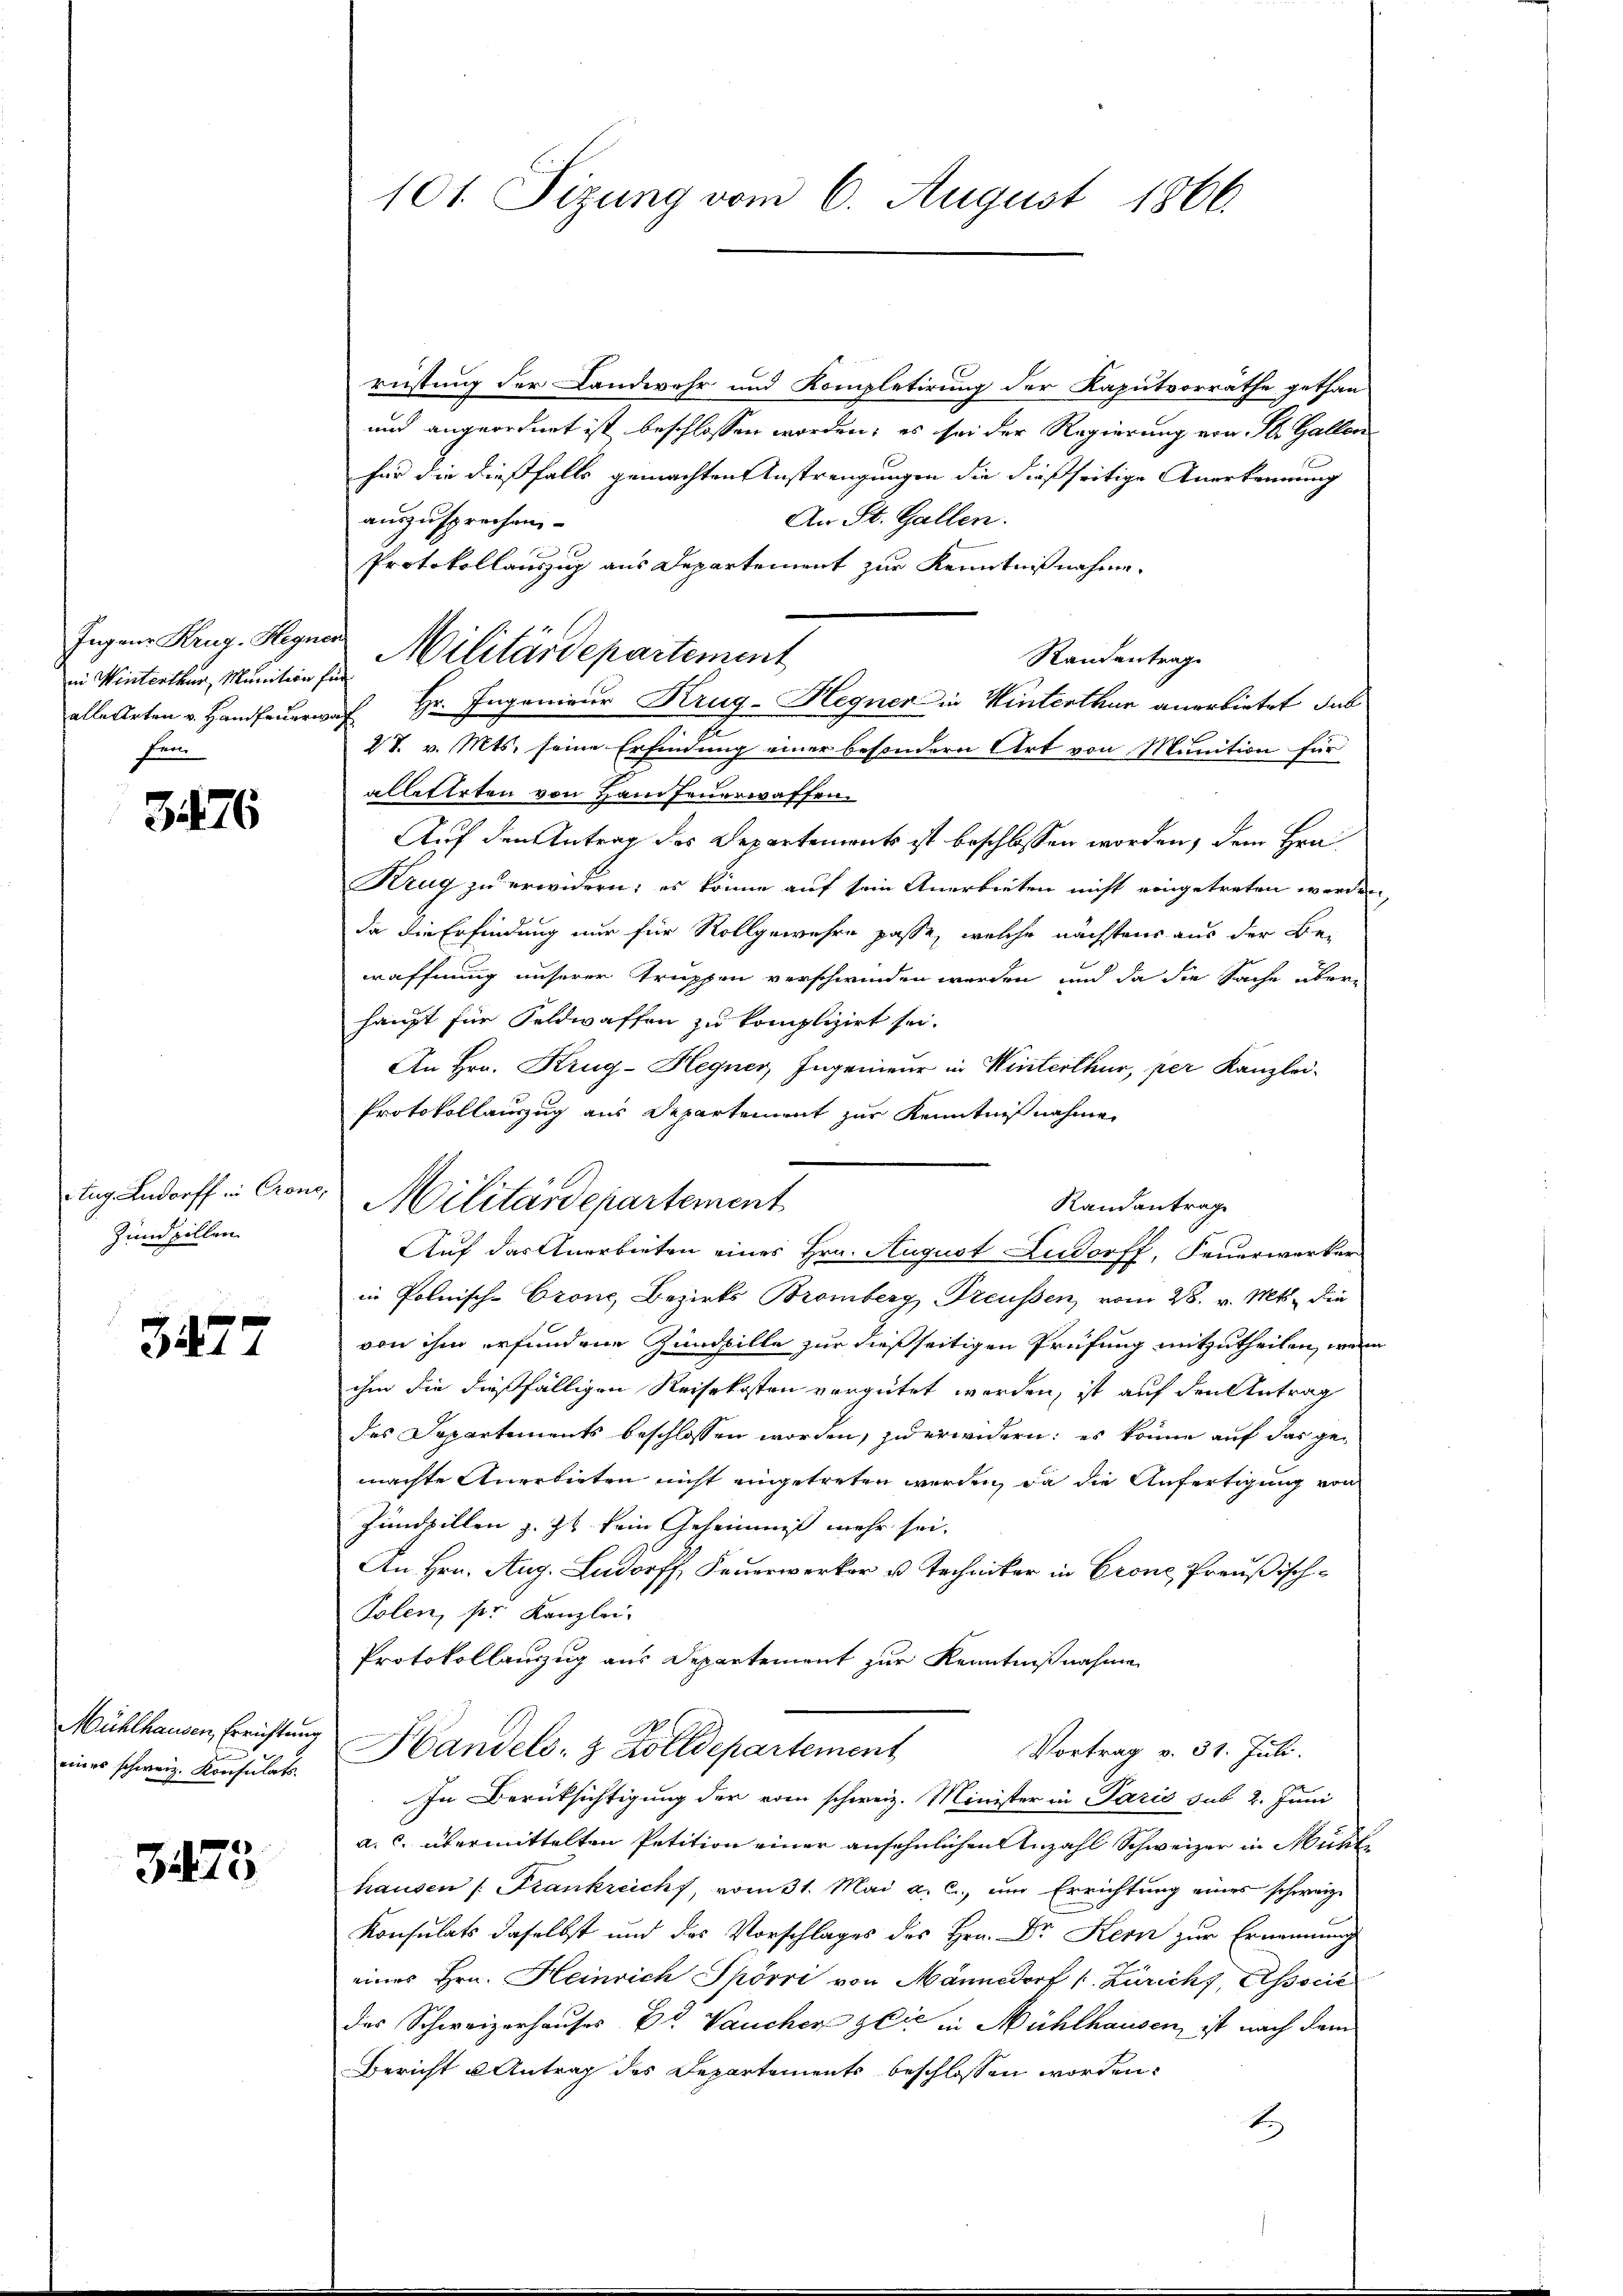
in Winterthur, Munition für
Fron

3176

Zundpillen

3277

eines schweiz. Konsulats.

3475

101. Sizung vom 6. August 1866.

rüstung der Landwehr und Kompletirung der Kaputvorräthe gethan
und angeordnet ist beschlossen worden; es sei der Regierung von St. Gallor
für die dießfalls gemachten Anstrengungen die dießseitige Anerkennung
An St. Gallen.
auszusprochen
e
Protokollauszug aus Departement zur Kenntnißnahme.
Ingene Krug. Hegner Militärdepartement
Randantrag
alle Arten v. Handfeuerruf Hr. Ingenieur Krug-Hegner in Winterthur anerbietet, das
27. v. Mts. seine Erfindung einer besondern Art von Munition für
alletteten von Hanfeuerwaffen.
Auf den Antrag des Departements ist beschlossen worden, dem Hrn
Krug zu erwidern; es könne auf sein Anerbieten nicht eingetreten werden,
da die Erfindung nur für Rollgewehre passe, welche nächstens aus der Bewaffnung unserer Truppen verschwinden werden, und da die Sache überhaupt für Feldwaffen zu komplizirt sei.
An Hrn. Krug-Hegner, Ingenieur in Winterthur, per Kanzlei-
Protokollauszug aus Departement zur Kenntnißnahme
Auf das Anerbieten eines Hrn. August Ludorff, Feuerwerker
in Polnisch-Crone, Bezirks Bromberg Preussen, vom 28. v. Mts. die
von ihm erfundene Zumpille zur dießseitigen Prüfung mitzutheilen, wenn
ihm die dießfälligen Reisekosten vergütet worden, ist auf den Antrag
des Departements beschlossen worden, zu erwidern; es könne auf das gemachte Anerbieten nicht eingetreten werden, da die Anfertigung von
Zundzillen z. Zt kein Geheimniß mehr sei.
An Hrn. Aug. Ladorff, Feuerwerker u Techniker in Crone, Preußisch¬
Polen, der Kanzlei,
Protokollanzug aus Departement zur Kenntnißnahme
Mühlhausen, Errichtung Handels- & Zolldepartement
Vortrag v. 31. Juli.
In Berücksichtigung der vom schweiz. Minister in Paris sub 2. Juni
a. c. übermittelten Petition einer ansehnlichen Anzahl Schweizer in Münc
hausen /: Frankreich, vom 31. Mai a. c. um Errichtung eines schweiz.
Konsulats daselbst und das Vorschlages des Hrn. Dr Kern zur Ernennung
eines Hrn. Heinrich Spörri von Männedorf (Züricht, Associe
des Schweizerhauses Dr. Vaucher sie in Mühlhausen, ist nach dem
Bericht u Antrag des Departements beschlossen worden.
E

tug Aadorff in Crone, Militärdepartement

Randantrag